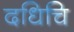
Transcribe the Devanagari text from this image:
दधिचि